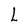
Character: L